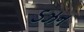
ડઝન